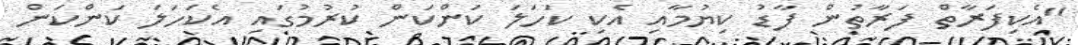
"އެކިފަރާތް ފަރާތުން ފާޑު ކިޔުމާއި އެކި ކަހަލަ ކަންކަން ކުރުމުގައި އެކަހަލަ ކަންކަން